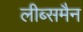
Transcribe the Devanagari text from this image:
लीब्समैन